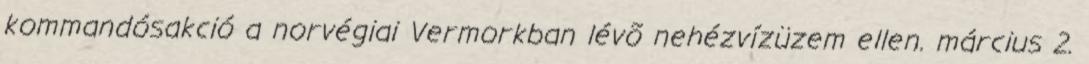
kommandósakció a norvégiai Vermorkban lévõ nehézvízüzem ellen. március 2.